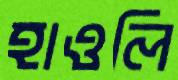
হাওলি